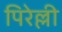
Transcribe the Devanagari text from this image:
पिरेल्ली